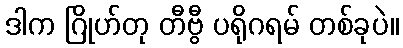
ဒါက ဂြိုဟ်တု တီဗွီ ပရိုဂရမ် တစ်ခုပဲ။